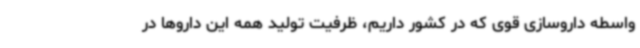
واسطه داروسازی قوی که در کشور داریم، ظرفیت تولید همه این داروها در